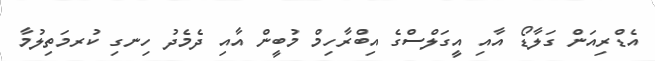
އެޑްރިއަން ގަލާޑޯ އާއި އީގަލްސްގެ އިބްރާހިމް މުބީން އާއި ދެމެދު ހިނގި ކުރމަތިލުމާ